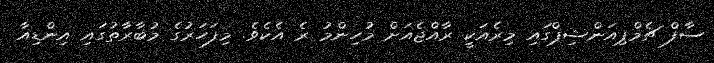
ސާފް ޗެމްޕިއަންޝިޕްގައި މިރެއަކީ ރާއްޖެއަށް މުހިންމު ރެ އެކެވެ. މިފަހަރުގެ މުބާރާތުގައި އިންޑިއާ